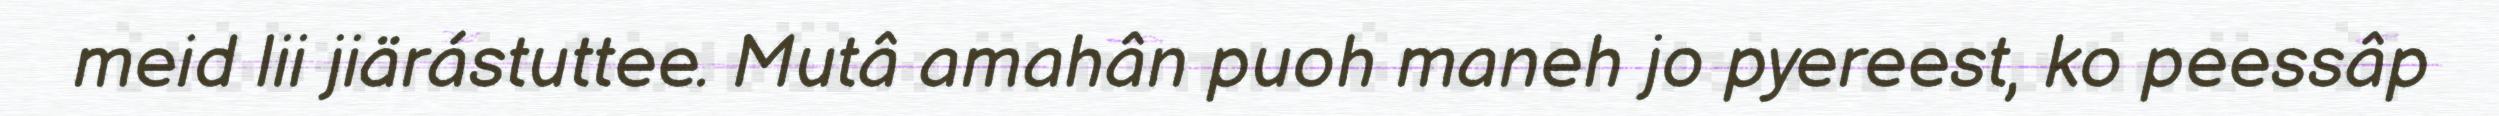
meid lii jiärástuttee. Mutâ amahân puoh maneh jo pyereest, ko peessâp